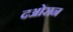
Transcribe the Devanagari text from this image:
दओरान